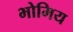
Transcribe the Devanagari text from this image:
भोमिय